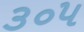
૩૦૫